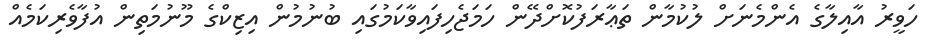
ހަވީރު އާއިލާގެ އެންމެނަށް ލުކުމާން ތަޢާރަފުކޮށްދޭން ހަމަޖެހިފައިވާކަމުގައި ބުނުމުން އިޒިކްގެ މޫނުމަތިން އުފާވެރިކަމެއް